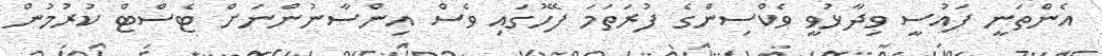
އެންތަނީ ފައުސީ ވިދާޅުވީ ވެކްސިންގެ ފުރަތަމަ ފޭހުގައި ވެސް އިންސާނުންނަށް ޓެސްޓް ކުރުމުން